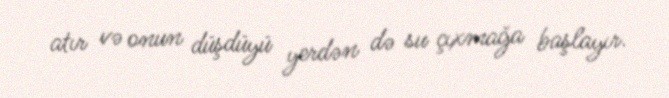
atır və onun düşdüyü yerdən də su çıxmağa başlayır.